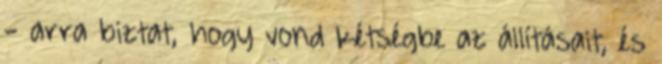
- arra biztat, hogy vond kétségbe az állításait, és